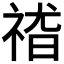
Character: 𱵕